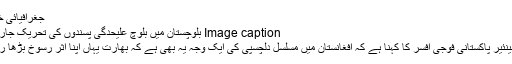
جغرافیائی خدشات
Image caption بلوچستان میں بلوچ علیحدگی پسندوں کی تحریک جاری ہے
ایک سینئیر پاکستانی فوجی افسر کا کہنا ہے کہ افغانستان میں مسلسل دلچسپی کی ایک وجہ یہ بھی ہے کہ بھارت یہاں اپنا اثر رسوخ بڑھا رہا ہے۔